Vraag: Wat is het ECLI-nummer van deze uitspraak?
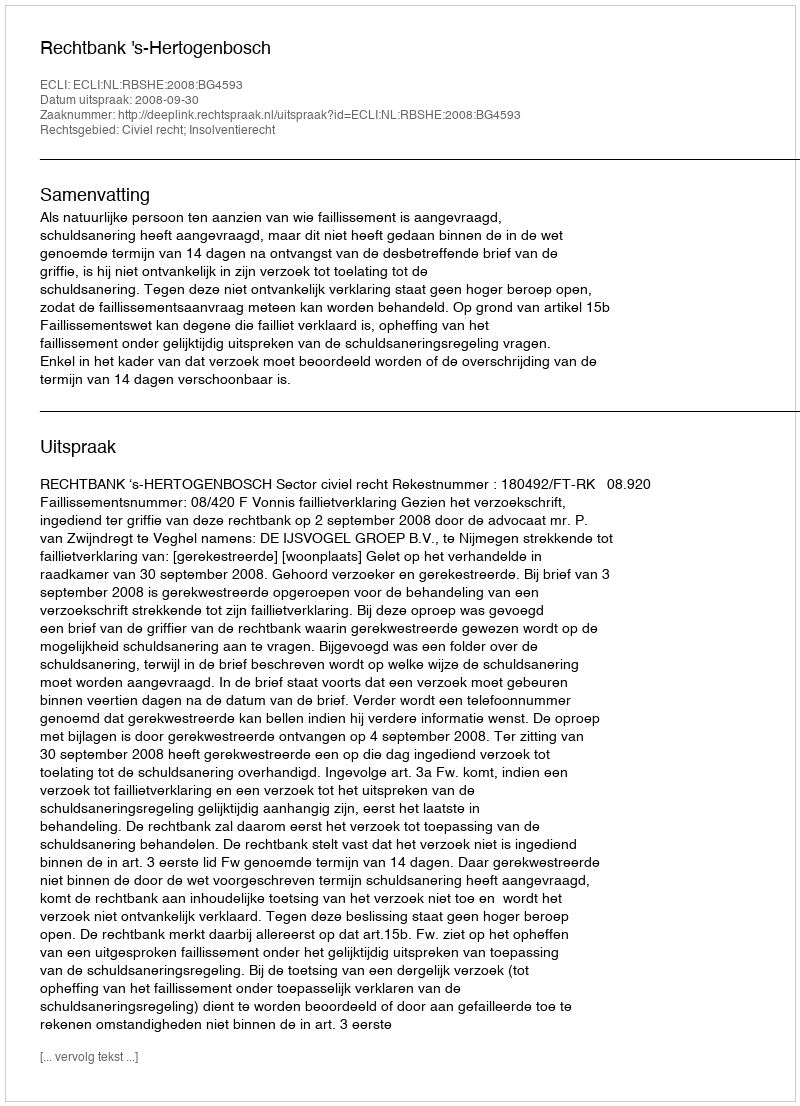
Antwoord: ECLI:NL:RBSHE:2008:BG4593